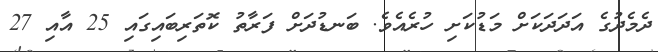
ދެމެދުގެ އަދަދަކަށް މަޑުކަށި ހުރެއެވެ. ބަނޑުދަށް ފަރާތު ކޮތަރިބައިގައި 25 އާއި 27